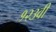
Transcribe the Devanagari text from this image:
१२३वी